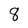
Character: 8